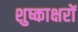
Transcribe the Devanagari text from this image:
शुष्काक्षरों